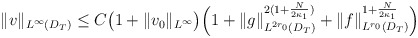
\begin{align*}\begin{aligned}\|v\|_{L^\infty(D_T)}\leq C\big(1+\|v_0\|_{L^\infty}\big)\Big(1+\|g\|_{L^{2r_0}(D_T)}^{2(1+\frac{N}{2\kappa_1})}+\|f\|_{L^{r_0}(D_T)}^{1+\frac{N}{2\kappa_1}}\Big)\end{aligned}\end{align*}